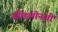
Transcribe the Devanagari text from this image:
मॅन्डिलीनशी